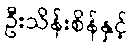
ဦးသိန်းစိန်နှင့်